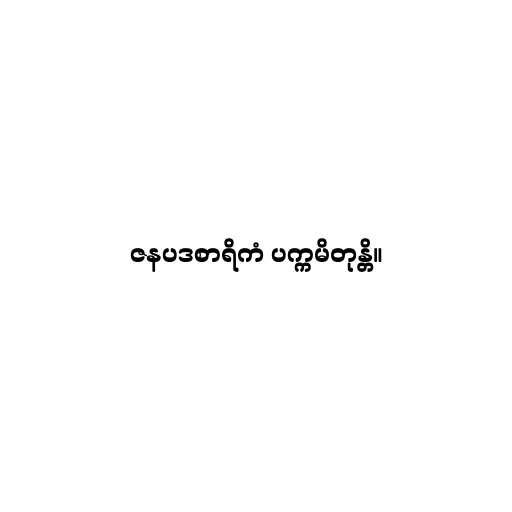
ဇနပဒစာရိကံ ပက္ကမိတုန္တိ။